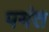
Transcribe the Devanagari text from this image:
पयंत